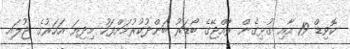
ކޮވިޑް 19 އާއި ގުޅިގެން ރާއްޖޭގެ ބޯޑަރު ބަންދުކުރުމަށްފަހު މިދިޔަ އަހަރުގެ ޖުލައި